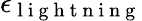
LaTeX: \epsilon_{\mathrm{~l~i~g~h~t~n~i~n~g~}}